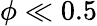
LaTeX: \phi\ll 0.5